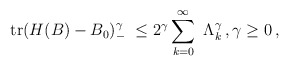
\begin{align*} \mathrm{tr} (H(B)-B_0)_-^\gamma \ \leq 2^\gamma \sum_{k=0}^\infty\ \Lambda_k^\gamma\,, \gamma \ge 0\,,\end{align*}